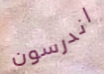
اندرسون